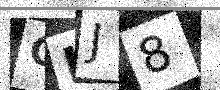
Text: GLJ8